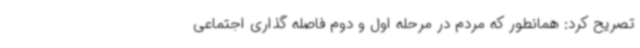
تصریح کرد: همانطور که مردم در مرحله اول و دوم فاصله گذاری اجتماعی